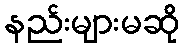
နည်းများမဆို